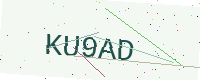
Text: KU9AD